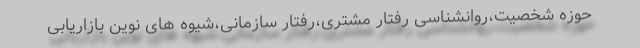
حوزه شخصیت،روانشناسی رفتار مشتری،رفتار سازمانی،شیوه های نوین بازاریابی